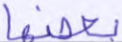
بعضها